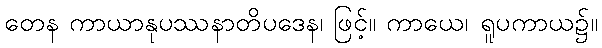
တေန ကာယာနုပဿနာတိပဒေန၊ ဖြင့်။ ကာယေ၊ ရူပကာယ၌။